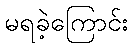
မရခဲ့ကြောင်း